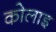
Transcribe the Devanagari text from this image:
कोलाइ